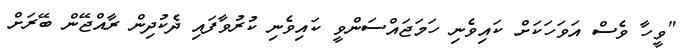
"ވީހާ ވެސް އަވަހަކަށް ކައިވެނި ހަމަޖައްސަންވީ ކައިވެނި ކުރުވާފައި ދެކުދިން ރާއްޖޭން ބޭރަށް